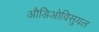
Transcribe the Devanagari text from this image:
औडिओविसुयल